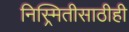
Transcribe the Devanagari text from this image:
निस्र्मितीसाठीही